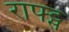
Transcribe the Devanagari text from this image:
राफ्ट्स